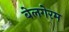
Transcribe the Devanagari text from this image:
बेलगेरम